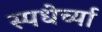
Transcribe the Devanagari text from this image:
स्पधेर्च्या